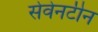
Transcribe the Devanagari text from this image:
सेवेनटीन